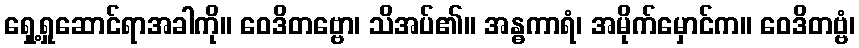
ရှေ့ရှုဆောင်ရာအခါကို။ ဝေဒိတဗ္ဗော၊ သိအပ်၏။ အန္ဓကာရံ၊ အမိုက်မှောင်က။ ဝေဒိတဗ္ဗံ၊